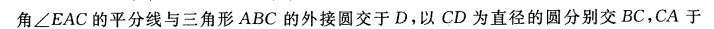
角∠EAC的平分线与三角形ABC的外接圆交于D，以CD为直径的圆分别交BC，CA于